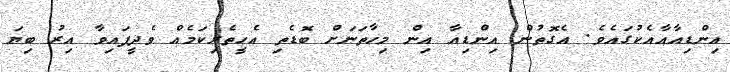
އިންޑިއާއާއެކުގައެވެ. އެގޮތުން އިންޑިއާ އިން މިހާތަނަށް ބޮޑެތި އެހީތެރިކަމެއް ވެދީފައިވާ އިރު ބިޔަ